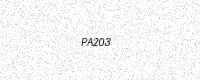
Text: PA203